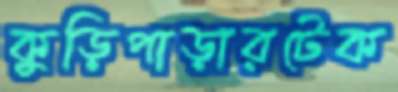
কুড়িপাড়ারটেক